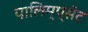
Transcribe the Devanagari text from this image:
पालिम्प्सेट